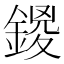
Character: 𨩻